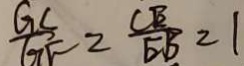
\frac { G C } { G F } = \frac { C E } { E B } = 1